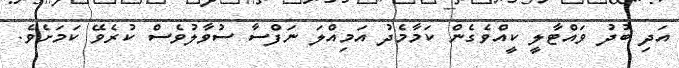
އަދި ބުދު ވައްޓާލީ ކީއްވެގެން ކަމާމެދު އަމިއްލަ ނަފްސާ ސުވާލުވެސް ކުރެވޭ ކަމަށެވެ.